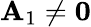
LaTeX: \mathbf{A}_{1}\neq\mathbf{0}